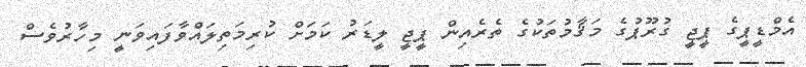
އެމްޑީޕީގެ ޕީޖީ ގުރޫޕުގެ މަޤާމުތަކުގެ ތެރެއިން ޕީޖީ ލީޑަރު ކަމަށް ކުރިމަތިލައްވާފައިވަނީ މިހާރުވެސް